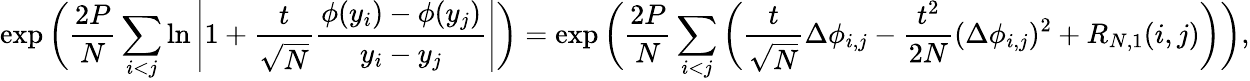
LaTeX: \exp\bigg(\frac{2P}{N}\sum_{i<j}\ln\left|1+\frac{t}{\sqrt{N}}\frac{\phi(y_{i})-\phi(y_{j})}{y_{i}-y_{j}}\right|\bigg)=\exp\bigg(\frac{2P}{N}\sum_{i<j}\left(\frac{t}{\sqrt{N}}\Delta\phi_{i,j}-\frac{t^{2}}{2N}(\Delta\phi_{i,j})^{2}+R_{N,1}(i,j)\right)\bigg),